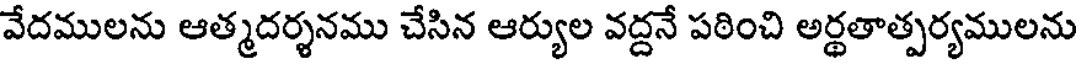
వేదములను ఆత్మదర్శనము చేసిన ఆర్యుల వద్దనే పఠించి అర్థతాత్పర్యములను